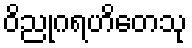
ဝိညုဂရဟိတေသု